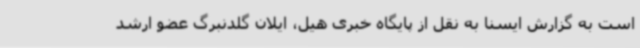
است به گزارش ایسنا به نقل از پایگاه خبری هیل، ایلان گلدنبرگ عضو ارشد